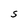
Character: h